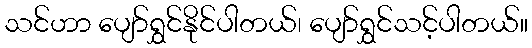
သင်ဟာ ပျော်ရွှင်နိုင်ပါတယ်၊ ပျော်ရွှင်သင့်ပါတယ်။